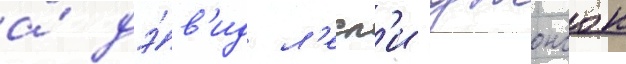
а́ дэ́в'ид л'есл'и джонсон